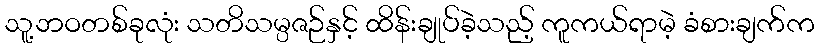
သူ့ဘဝတစ်ခုလုံး သတိသမ္ပဇဉ်နှင့် ထိန်းချုပ်ခဲ့သည့် ကူကယ်ရာမဲ့ ခံစားချက်က